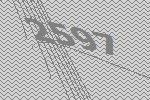
2597